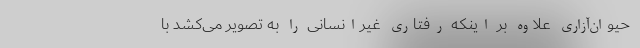
حیوان‌آزاری علاوه بر اینکه رفتاری غیرانسانی را به تصویر می‌کشد با